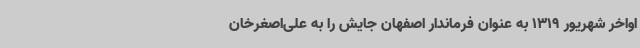
اواخر شهریور 1319 به‌ عنوان فرماندار اصفهان جایش را به علی‌اصغرخان